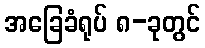
အခြေခံရုပ် ၈-ခုတွင်